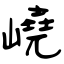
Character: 嶢